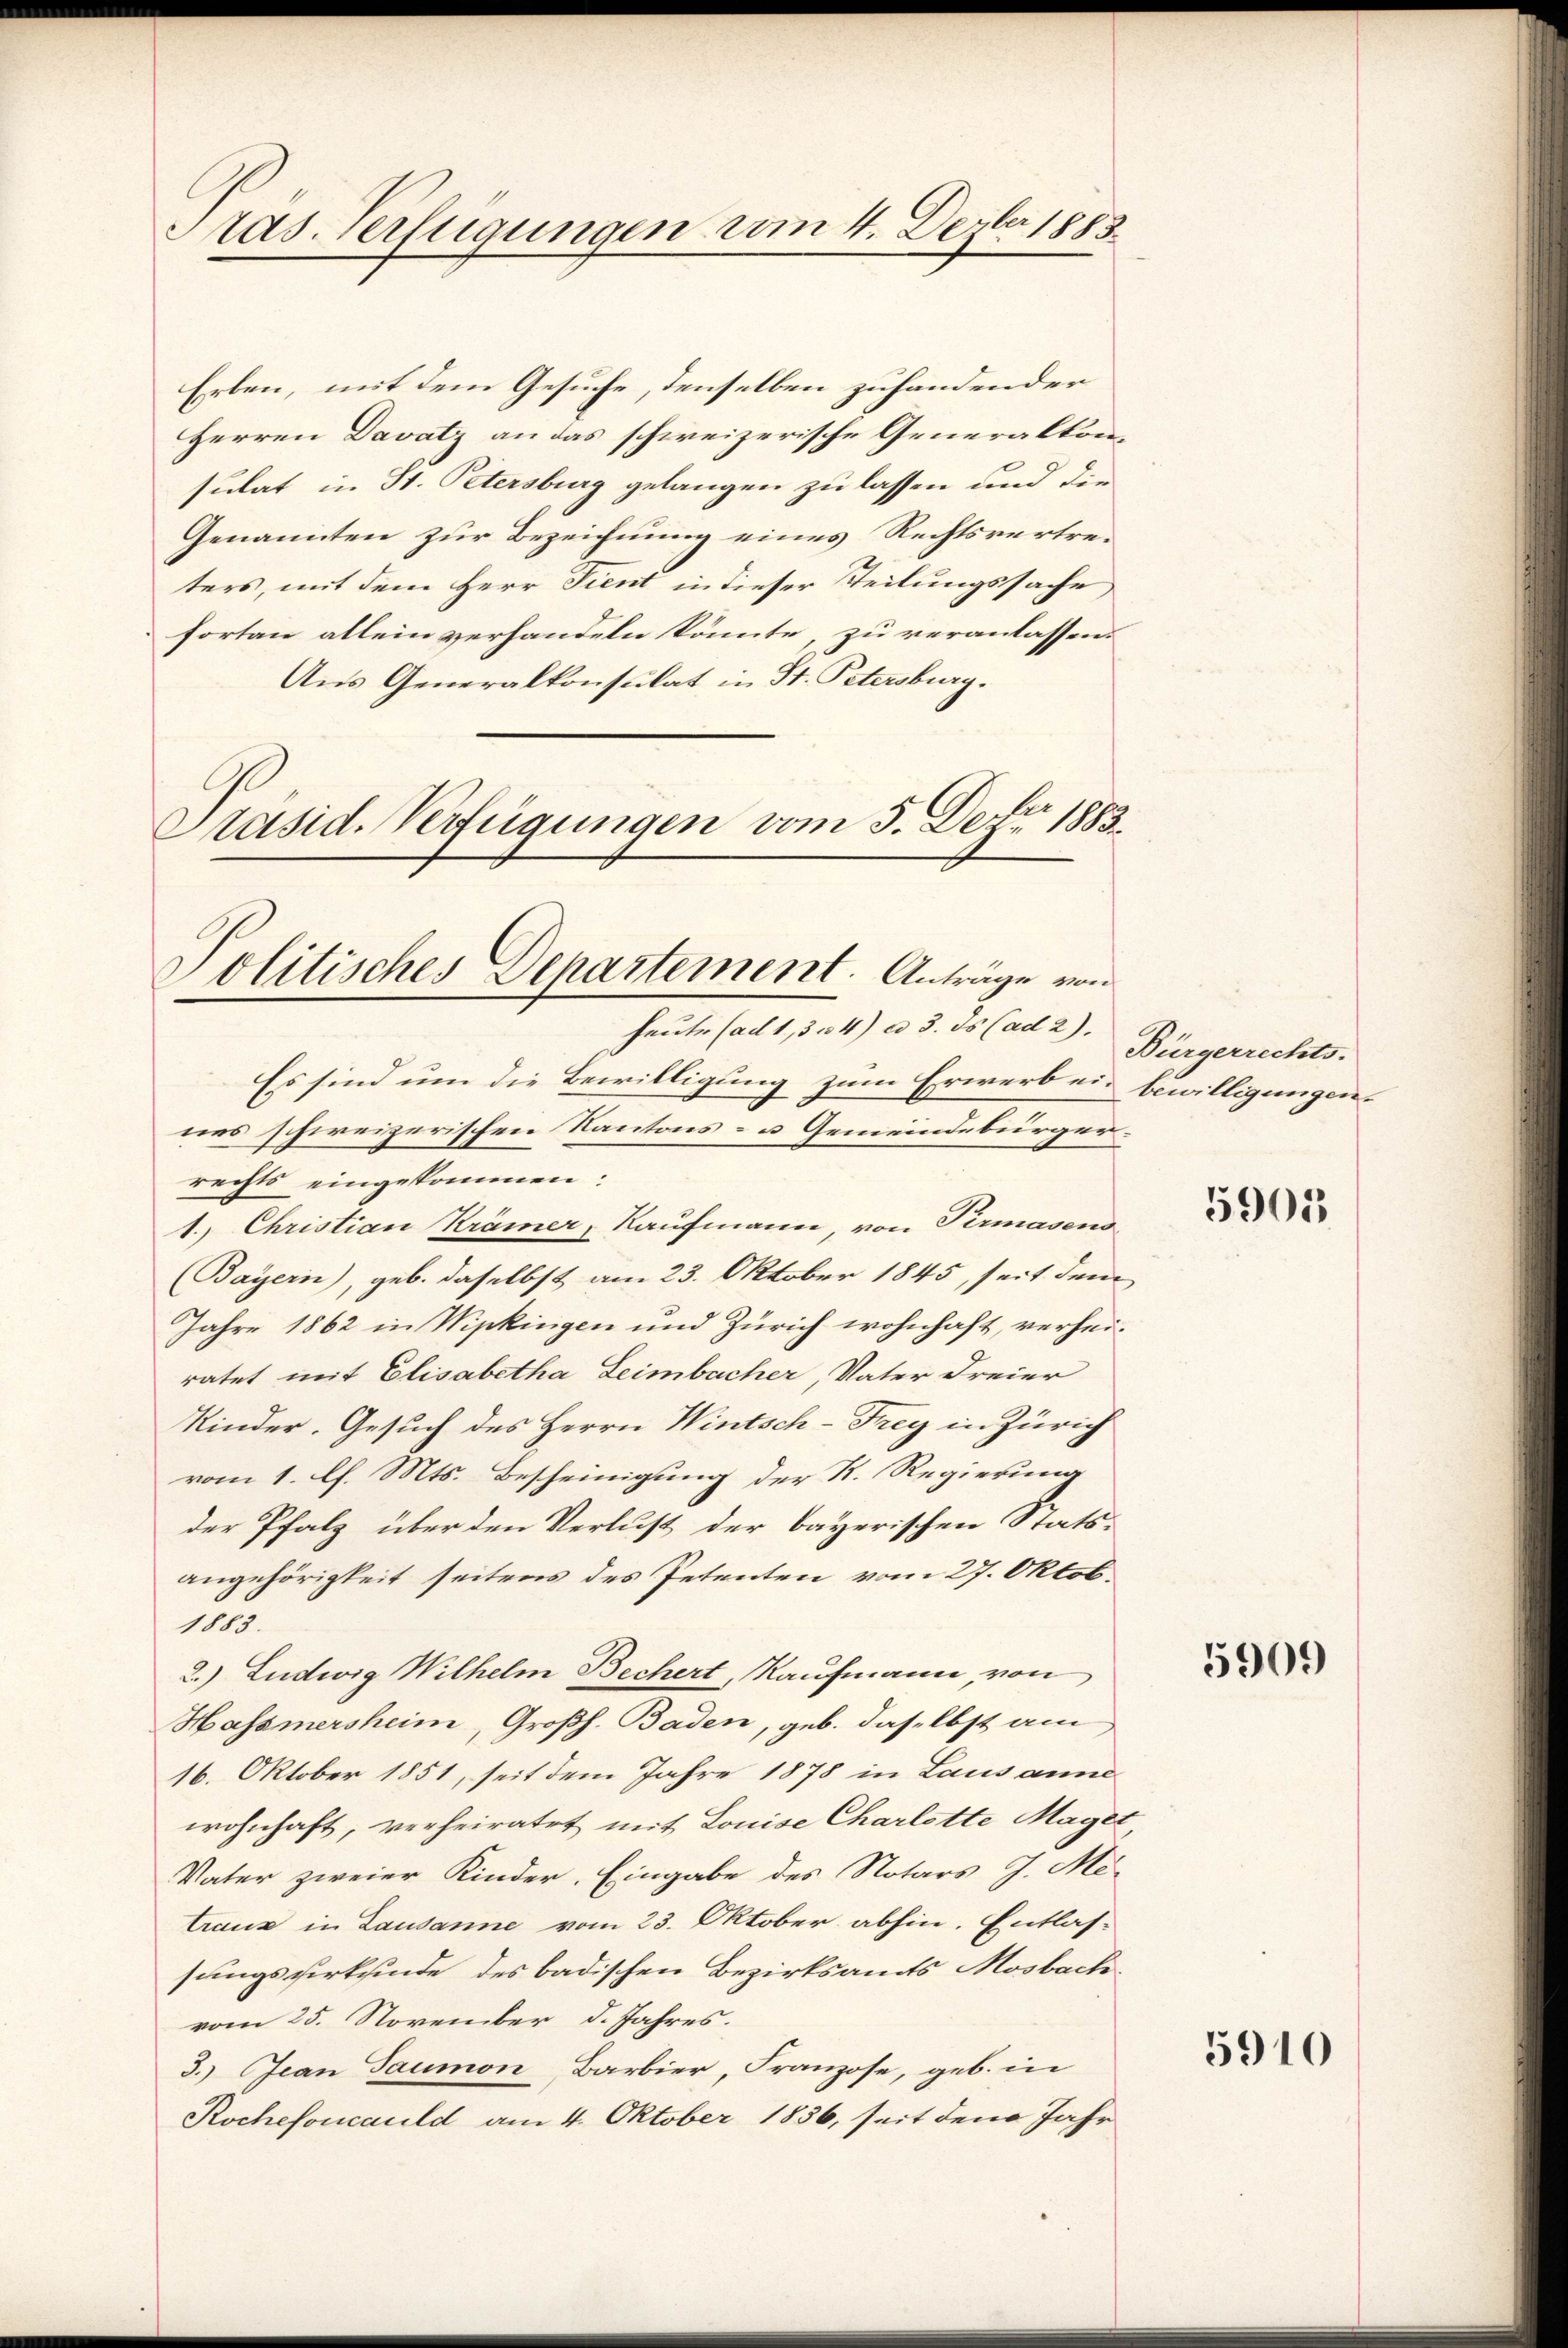
Pas Verfügungen vom 4. Dezbr 1883.

Erben, mit dem Gesuche, denselben zuhandender
Herren Davatz an das schweizerische Generaltonsulat in St. Petersburg gelangen zu lassen und die
Genannten zur Bezeichnung eines Rechtsvertreters, mit dem Herr Fient in dieser Teilungssache
fortan allein verhandeln könnte, zu veranlassen.
Aus Generalkonsulat in St. Petersburg.
Präsid. Verfügungen vom 5. Dez. 1883.

Politisches Departement. Anträge von
heute (ad 1, 354) ad 3. ds (ad 2). Bürgerrechts.

Es sind um die Bewilligung zum Erwerb ein bewilligungennes schweizerischen Kantons- u Gemeindebürgerrechts eingekommen:
1. Christian Krämer, Kaufmann, von Permasens
(Bayern), geb. daselbst am 23. Oktober 1845, seit dem
Jahre 1862 in Wipkingen und Zürich wohnhaft, verheiratet mit Elisabetha Leimbacher, Vater Freier
Kinder. Gesuch des Herrn Wintsch-Frey in Zürich
vom 1. l. Mts. Bescheinigung der R. Regierung
der Pfalz über den Verlust der bayerischen Stats-
angehörigkeit seitens des Petenten vom 27. Oktob
1883.
2.) Ludwig Wilhelm Bechert, Kaufmann, von
Hassmersheim, Großh. Baden, geb. daselbst am
16. Oktober 1851, seit dem Jahre 1878 in Lausann
wohnhaft, verheiratet mit Louise Charlotte Maget,
Vater zweier Kinder. Eingabe des Notars J. Me-
traus in Lausanne vom 23. Oktober abhin. Entlas-
sungsverkinde des badischen Bezirksamts Mosbach
vom 25. November d. Jahres.
3.) Jean Saumon, Barbier, Franzose, geb. in
Rochefoncauld am 4. Oktober 1856, seit den Jahr

5905

5909

5910